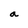
Character: a